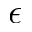
\epsilon